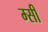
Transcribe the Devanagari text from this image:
म्सी